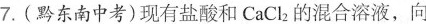
7.(黔东南中考)现有盐酸和CaCl_{2}的混合溶液，向